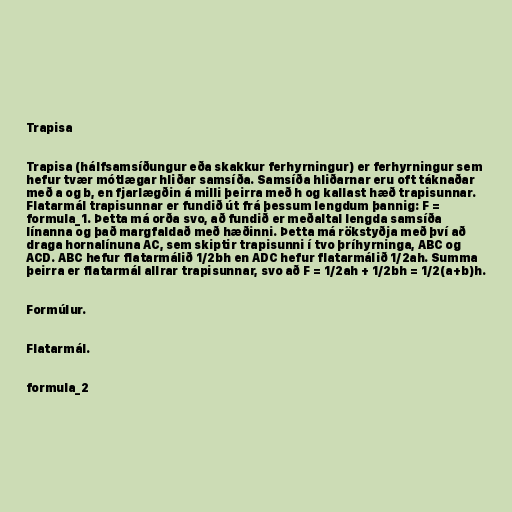
Trapisa

Trapisa (hálfsamsíðungur eða skakkur ferhyrningur) er ferhyrningur sem
hefur tvær mótlægar hliðar samsíða. Samsíða hliðarnar eru oft táknaðar
með a og b, en fjarlægðin á milli þeirra með h og kallast hæð trapisunnar.
Flatarmál trapisunnar er fundið út frá þessum lengdum þannig: F =
formula_1. Þetta má orða svo, að fundið er meðaltal lengda samsíða
línanna og það margfaldað með hæðinni. Þetta má rökstyðja með því að
draga hornalínuna AC, sem skiptir trapisunni í tvo þríhyrninga, ABC og
ACD. ABC hefur flatarmálið 1/2bh en ADC hefur flatarmálið 1/2ah. Summa
þeirra er flatarmál allrar trapisunnar, svo að F = 1/2ah + 1/2bh = 1/2(a+b)h.

Formúlur.

Flatarmál.

formula_2